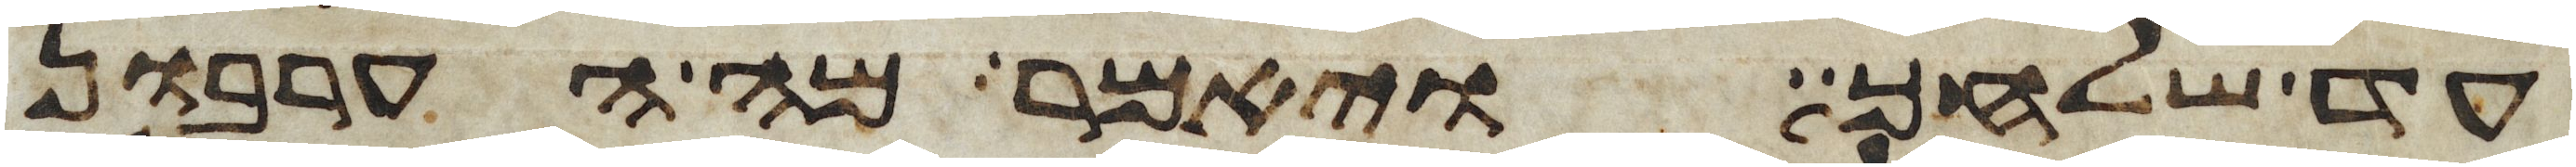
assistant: עד שלחך ויאמר מה הערבון